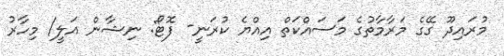
މުރައިދޫ ގޭގެ މަރާމާތުގެ މަސައްކަތް އިއްޔެ ކުރަނީ- ފޮޓޯ: ނިޝާން އަލީ/ މިހާރު